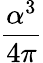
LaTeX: \frac{\alpha^{3}}{4\pi}